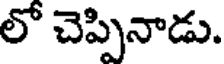
లో చెప్పినాడు.